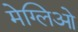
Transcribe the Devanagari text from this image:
मेग्लिओ